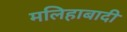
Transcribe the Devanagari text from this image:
मलिहाबादी